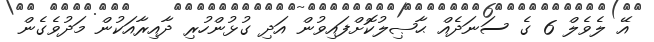
އޭ ލެވެލް 6 ގެ ސަނަދެއް ޙާޞިލުކޮށްފައިވުން އަދި ގުޅުންހުރި ދާއިރާއަކުން މަދުވެގެން